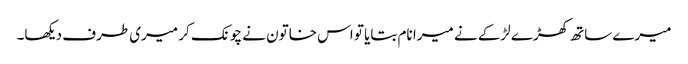
میرے ساتھ کھڑے لڑکے نے میرا نام بتایا تو اس خاتون نے چونک کر میری طرف دیکھا۔